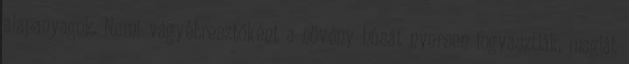
alapanyagok. Nemi vágyébresztőként a növény húsát nyersen fogyasztják, magját